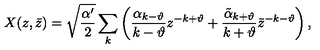
X ( z , \bar { z } ) = \sqrt { \frac { \alpha ^ { \prime } } { 2 } } \sum _ { k } \left( \frac { \alpha _ { k - \vartheta } } { k - \vartheta } z ^ { - k + \vartheta } + \frac { \tilde { \alpha } _ { k + \vartheta } } { k + \vartheta } \bar { z } ^ { - k - \vartheta } \right) ,